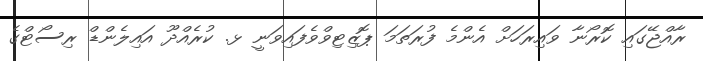
ރާއްޖޭގައި ކޮރޯނާ ވައިރަހަށް އެންމެ ފުރަތަމަ ޕޮޒިޓިވްވެފައިވަނީ ޅ. ކުރެއްދޫ އައިލެންޑް ރިސޯޓްގެ